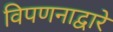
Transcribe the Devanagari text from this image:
विपणनाद्वारे